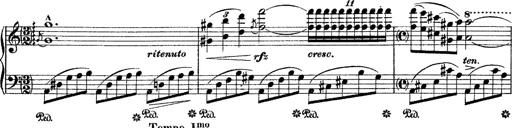
Title: Grande fantasie di bravura sur La clochette
Composer: Franz Liszt
Key: A minor